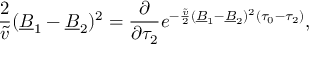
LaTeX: \frac { 2 } { \tilde { v } } ( \underline { { { B } } } _ { 1 } - \underline { { { B } } } _ { 2 } ) ^ { 2 } = \frac { \partial } { \partial \tau _ { 2 } } e ^ { - \frac { \tilde { v } } { 2 } ( \underline { { { B } } } _ { 1 } - \underline { { { B } } } _ { 2 } ) ^ { 2 } ( \tau _ { 0 } - \tau _ { 2 } ) } ,